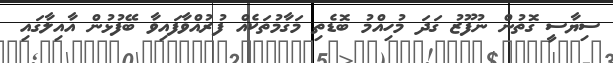
ސިޔާސީ ގޮތުން ނުފޫޒު ގަދަ މުހިއްމު ބޮޑެތި މަގާމުތަކެއް ފުރުއްވާފައިވާ ބޭފުޅުން އާއިލާގައި